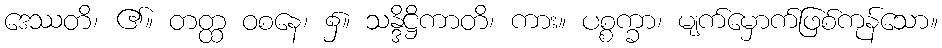
ဒေဿတိ၊ ၏။ တတ္ထ ဝစနေ၊ ၌။ သန္ဒိဋ္ဌိကာတိ၊ ကား။ ပစ္စက္ခာ၊ မျက်မှောက်ဖြစ်ကုန်သော။